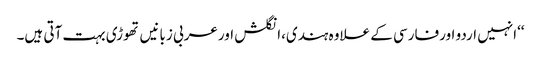
‘‘انہیں اردو اورفارسی کے علاوہ ہندی،انگلش اورعربی زبانیں تھوڑی بہت آتی ہیں۔